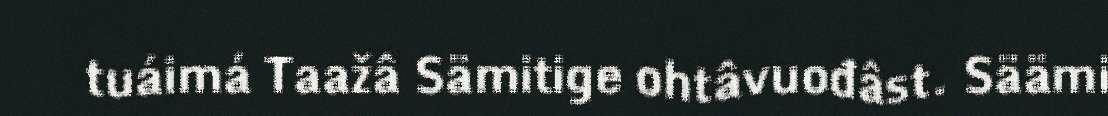
tuáimá Taažâ Sämitige ohtâvuođâst. Säämi